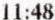
11:48